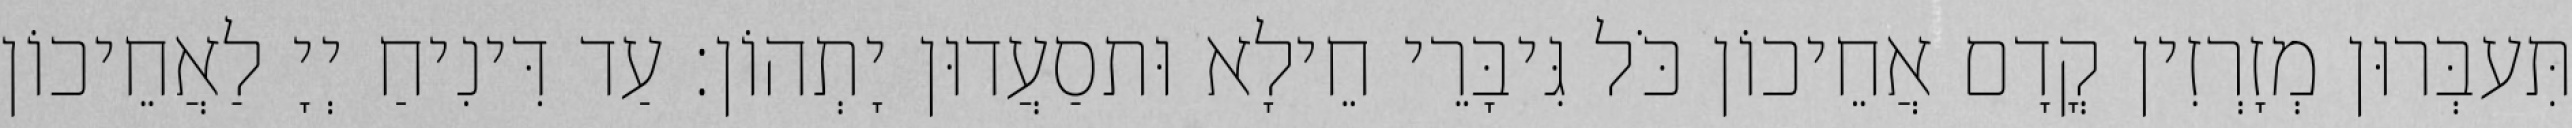
תִּעבְּרוּן מְזָרְזִין קֳדָם אֲחֵיכוֹן כֹּל גִּיבָּרֵי חֵילָא וּתסַעֲדוּן יָתְהוֹן׃ עַד דִּינִיחַ יְיָ לַאֲחֵיכוֹן